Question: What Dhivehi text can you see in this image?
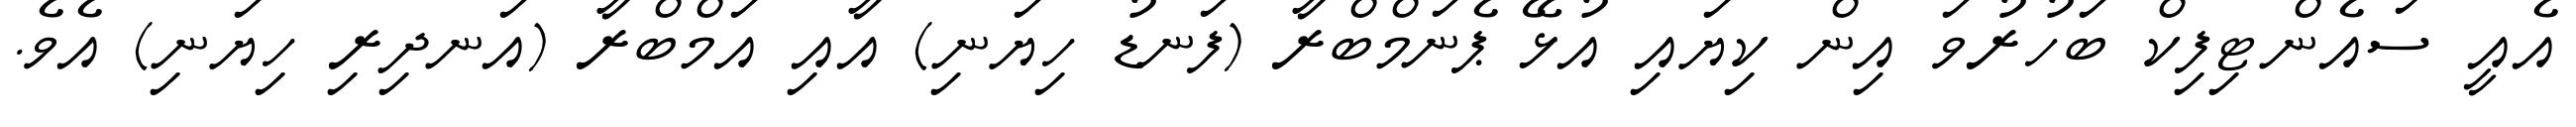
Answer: އެއީ ސައެންޓިފިކް ބަހުރުވަ އިން ކިޔައި އުޅޭ ޕެނަމްބްރާ (ފަނޑު ހިޔަނި) އާއި އަމްބްރާ (އަނދިރި ހިޔަނި) އެވެ.